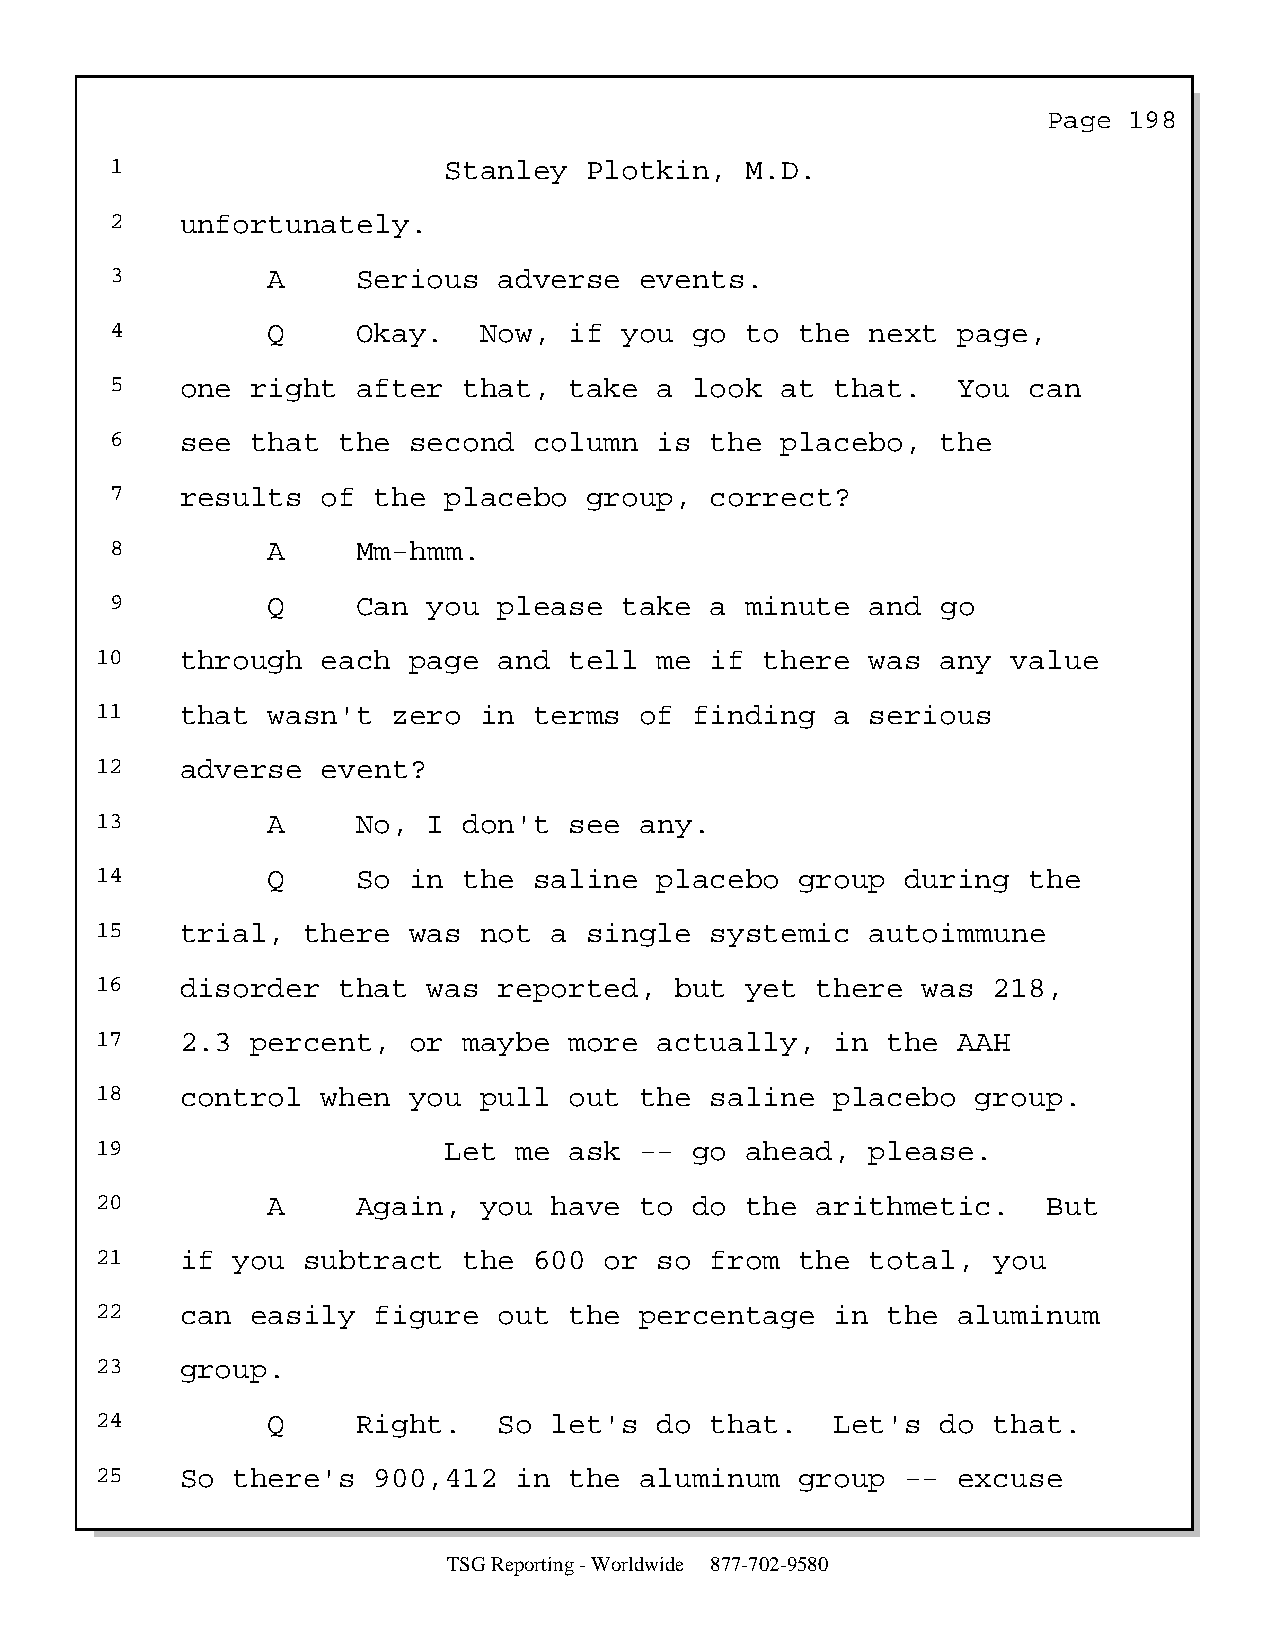
Page  198
 1                     Stanley   Plotkin,  M.D.
 2    unfortunately.
 3          A     Serious  adverse  events.
 4          Q     Okay.   Now,  if you  go to  the  next page,
 5    one  right  after  that,  take  a look  at that.   You  can
 6    see  that the  second  column   is the  placebo,  the
 7    results  of  the placebo   group,  correct?
 8          A     Mm-hmm.
 9          Q     Can you  please  take  a minute   and go
 10    through  each  page  and  tell  me if  there  was any  value
 11    that  wasn't  zero  in terms  of  finding  a  serious
 12    adverse  event?
 13          A     No, I  don't  see any.
 14          Q     So in  the saline   placebo  group  during  the
 15    trial,  there  was  not a  single  systemic   autoimmune
 16    disorder  that  was  reported,   but yet  there  was  218,
 17    2.3  percent,  or  maybe  more  actually,  in  the AAH
 18    control  when  you  pull  out the  saline  placebo   group.
 19                     Let  me  ask --  go ahead,   please.
 20          A     Again,  you have  to  do the  arithmetic.    But
 21    if you  subtract   the 600  or  so from  the  total,  you
 22    can  easily  figure  out  the percentage   in  the aluminum
 23    group.
 24          Q     Right.   So let's   do that.   Let's  do  that.
 25    So there's   900,412  in  the aluminum   group  -- excuse
 TSG Reporting - Worldwide 877-702-9580